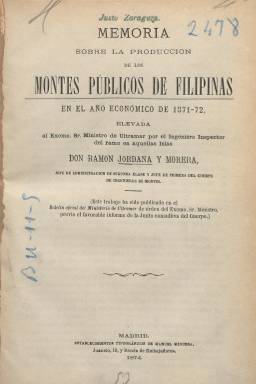
Título: Memoria sobre la producción de los montes públicos de Filipinas
Otros títulos: Título: Memorias sobre la producción de los montes públicos de Filipinas, 1874-75/1875-76
Colección: Industria || Anuarios e informes
Ámbito geográfico: Madrid
Lugar de publicación: Madrid
Fechas: 01/01/1871-31/12/1874

Se trata de la serie de memorias redactadas por Ramón Jordana y Morera (1839-1900) durante el tiempo en el que estuvo al frente de la Inspección General de Montes de Filipinas (1873-1885), encargada de la labor forestal española en el archipiélago, y elevadas al ministro de Ultramar, cuyo departamento -creado en 1863- gestionaba también Cuba, Puerto Rico y Posesiones Africanas. Estas memorias fueron redactadas en virtud de una real orden de cuatro de noviembre de 1874.

En total, Jordana, que dedicó la mayor parte de sus trabajos de investigación a las Filipinas, redactó cuatro memorias correspondientes al año económico de 1871-1872, impresa en 1874, y de 58 páginas; 1872-1873, también estampada en 1874 y de 62 páginas; 1873-1874, impresa en 1876 y de 141 páginas y, por tanto la más extensa; y las de los años 1874-1875 y 1875-1876, recogidas en el impreso de 1879 y de 65 páginas.

Todas son estampadas en Madrid -la primera había sido previamente publicada en el Boletín oficial del Ministerio de Ultramar-, están compuestas a una columna y carecen de ilustraciones, aunque insertan cuadros con datos estadísticos sobre un territorio con una masa forestal que entonces estaba estimada en 36 millones de hectáreas. Contienen apéndices, el primero es una lista alfabética de los nombres científicos y vulgares de las plantas que se citan en la primera de las memorias, y el segundo, un catálogo metódico de las especies leñosas y silvestres citadas en la segunda memoria.

El plan de la inspección filipina de Montes se concretaba en la elaboración de una estadística de las existencias y producciones de los montes; la clasificación de los mismos; el deslinde de la propiedad forestal; la elaboración de un plan de aprovechamiento, y la conservación de los bosques en esos momentos en manos del Estado y de los restantes mientras no se procediera a su venta, según lo establecido por el primer jefe de dicha inspección, Sebastián Vidal y Soler (1842-1889).

Posteriormente fueron redactadas algunas otras memorias, como la de José Sainz de Baranda correspondiente al curso 1885-1886, pero publicada en la Revista de montes.